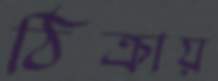
ঠিক্‌রায়